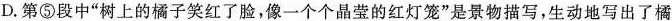
D.第⑤段中“树上的橘子笑红了脸，像一个个晶莹的红灯笼”是景物描写，生动地写出了橘